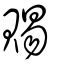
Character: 賜